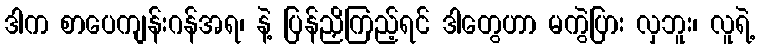
ဒါက စာပေကျန်းဂန်အရ၊ နဲ့ ပြန်ညှိကြည့်ရင် ဒါတွေဟာ မကွဲပြား လှဘူး၊ လူရဲ့